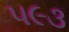
૫૯૩